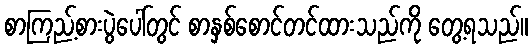
စာကြည့်စားပွဲပေါ်တွင် စာနှစ်စောင်တင်ထားသည်ကို တွေ့ရသည်။